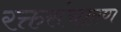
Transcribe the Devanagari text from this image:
रक्तसंचारण